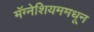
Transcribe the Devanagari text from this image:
मॅग्नेशियममधून